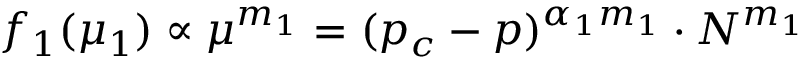
f _ { 1 } ( \mu _ { 1 } ) \propto \mu ^ { m _ { 1 } } = ( p _ { c } - p ) ^ { \alpha _ { 1 } m _ { 1 } } \cdot N ^ { m _ { 1 } }